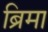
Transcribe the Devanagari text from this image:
ब्रिमा